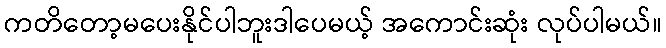
ကတိတော့မပေးနိုင်ပါဘူးဒါပေမယ့် အကောင်းဆုံး လုပ်ပါမယ်။